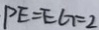
P E = E G = 2